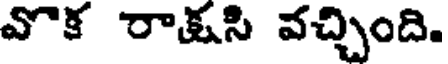
వొక రాక్షసి వచ్చింది.